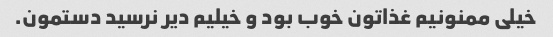
خیلی ممنونیم غذاتون خوب بود و خیلیم دیر نرسید دستمون.